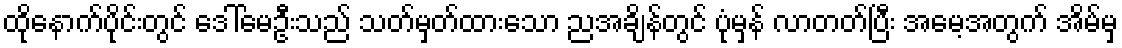
ထိုနောက်ပိုင်းတွင် ဒေါ်မေဦးသည် သတ်မှတ်ထားသော ညအချိန်တွင် ပုံမှန် လာတတ်ပြီး အမေ့အတွက် အိမ်မှ